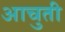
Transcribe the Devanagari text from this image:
आचुती